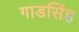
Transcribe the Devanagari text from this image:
गाडसिंह